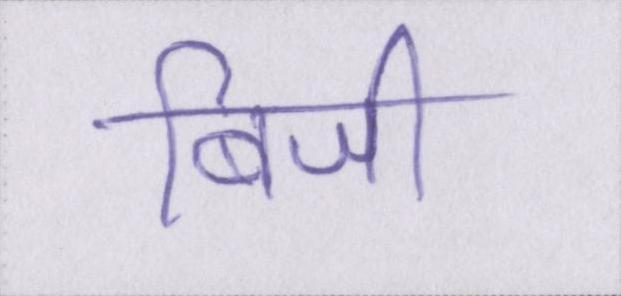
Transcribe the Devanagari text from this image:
बिजी